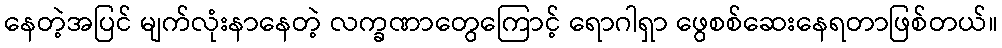
နေတဲ့အပြင် မျက်လုံးနာနေတဲ့ လက္ခဏာတွေကြောင့် ရောဂါရှာ ဖွေစစ်ဆေးနေရတာဖြစ်တယ်။